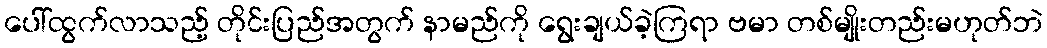
ပေါ်ထွက်လာသည့် တိုင်းပြည်အတွက် နာမည်ကို ရွေးချယ်ခဲ့ကြရာ ဗမာ တစ်မျိုးတည်းမဟုတ်ဘဲ